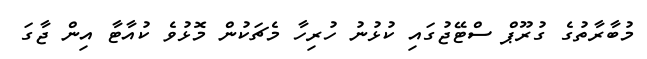
މުބާރާތުގެ ގުރޫޕް ސްޓޭޖުގައި ކުޅުނު ހުރިހާ މެޗަކުން މޮޅުވެ ކުއާޓާ އިން ޖާގަ